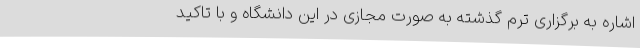
اشاره به برگزاری ترم گذشته به صورت مجازی در این دانشگاه و با تاکید